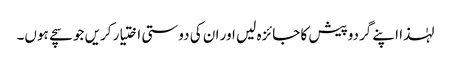
لہٰذا اپنے گردوپیش کا جائزہ لیں اور ان کی دوستی اختیار کریں جو سچے ہوں۔